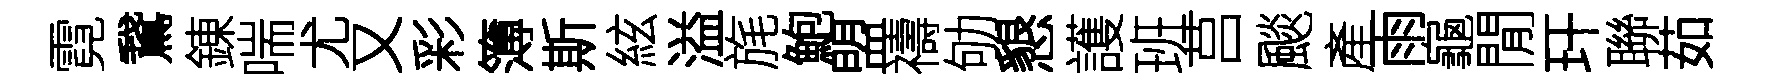
霓鵞錬喘尤又彩簿斯絃溢旄鮑盟禱劬懇護班莒颷產雨龜閒玕聯茹